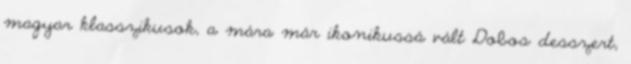
magyar klasszikusok, a mára már ikonikussá vált Dobos desszert,